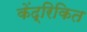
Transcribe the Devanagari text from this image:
केंद्रिकित